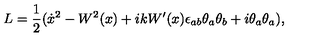
L = \frac { 1 } { 2 } ( \dot { x } { } ^ { 2 } - W ^ { 2 } ( x ) + i k W ^ { \prime } ( x ) \epsilon _ { a b } \theta _ { a } \theta _ { b } + i \theta _ { a } \theta _ { a } ) ,